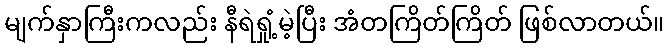
မျက်နှာကြီးကလည်း နီရဲရှုံ့မဲ့ပြီး အံတကြိတ်ကြိတ် ဖြစ်လာတယ်။